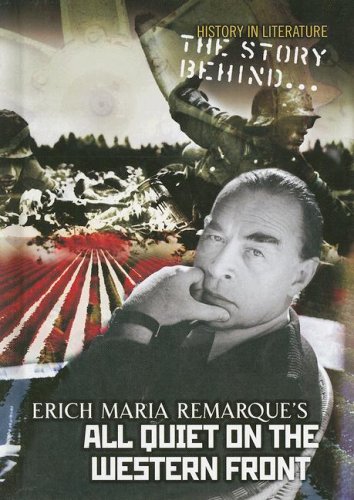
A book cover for The Story Behind Erich Maria Remarque's All Quiet On The Western Front (History in Literature); Peter Gutierrez; Children's Books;